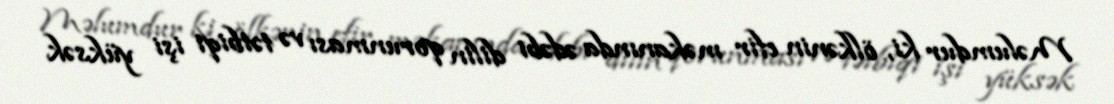
Məlumdur ki, ölkənin efir məkanında ədəbi dilin qorunması və tətbiqi işi yüksək